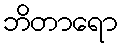
ဘိတာရော